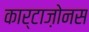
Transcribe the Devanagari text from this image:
कार्टाज़ोनस